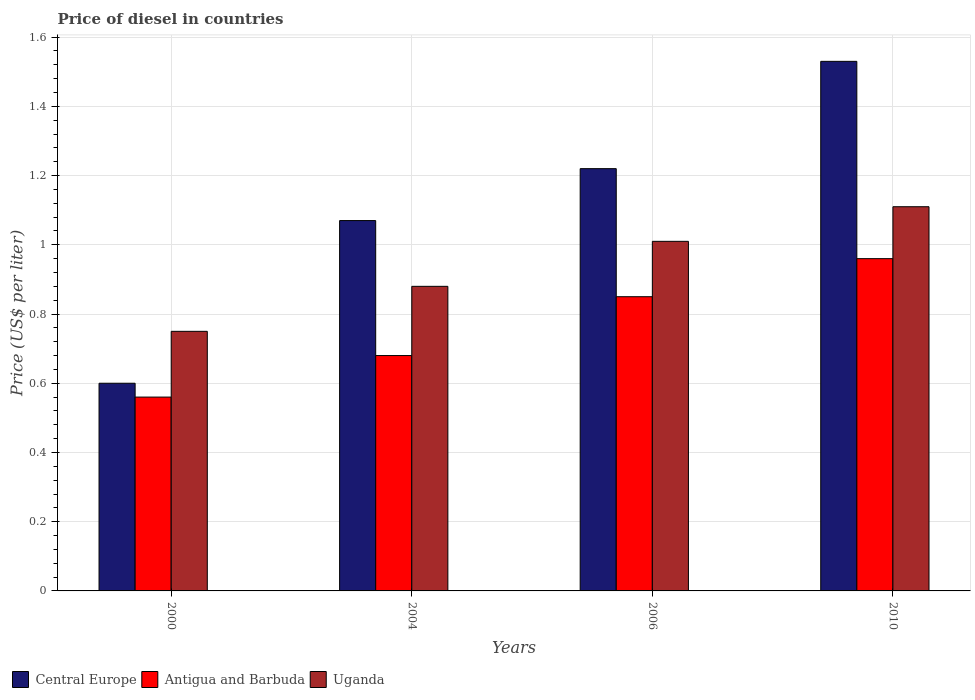
| Years | Central Europe | Antigua and Barbuda | Uganda |
 | --- | --- | --- | --- |
 | 2000 | 0.6 | 0.56 | 0.75 |
 | 2004 | 1.07 | 0.68 | 0.88 |
 | 2006 | 1.22 | 0.85 | 1.01 |
 | 2010 | 1.53 | 0.96 | 1.11 |